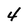
Character: 4